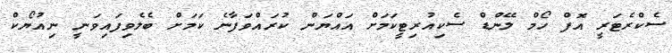
ސެކްރެޓަރީ އޮފް ހޯމް ލޭންޑް ސެކިއުރިޓީކަމަށް އައްޔަން ކުރައްވަފާނެ ކަމަށް ބެލެވިފައިވަނީ ނިއުޔޯކް